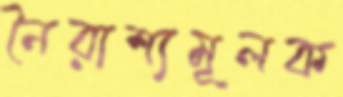
নৈরাশ্যমূলক